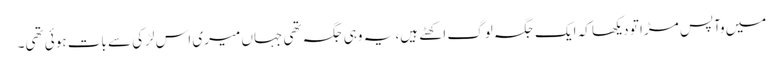
میں وآپس مڑا تو دیکھا کہ ایک جگہ لوگ اکھٹے ہیں، یہ وہی جگہ تھی جہاں میری اس لڑکی سے بات ہوئی تھی۔